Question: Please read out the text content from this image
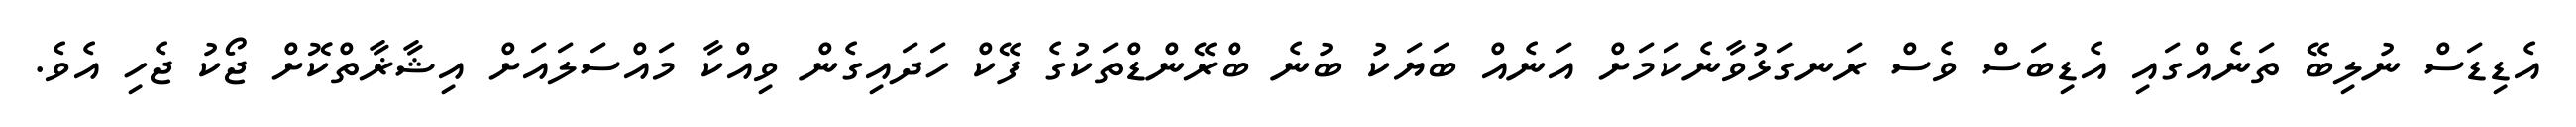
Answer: އެޑިޑަސް ނުލިބޭ ތަނެއްގައި އެޑިބަސް ވެސް ރަނގަޅުވާނެކަމަށް އަނެއް ބަޔަކު ބުނެ ބްރޭންޑްތަކުގެ ފޭކް ހަދައިގެން ވިއްކާ މައްސަލައަށް އިޝާޜާތްކޮށް ޖޯކު ޖެހި އެވެ.